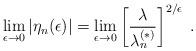
LaTeX: \begin{align*}\lim_{\epsilon\rightarrow 0} \left|\eta_{n}(\epsilon)\right| =\lim_{\epsilon\rightarrow 0} \left[\frac{\lambda}{\lambda^{(\ast)}_{n}} \right]^{2/\epsilon} \; .\end{align*}